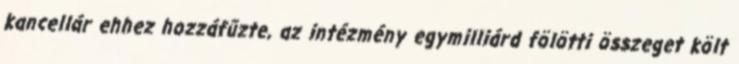
kancellár ehhez hozzáfűzte, az intézmény egymilliárd fölötti összeget költ